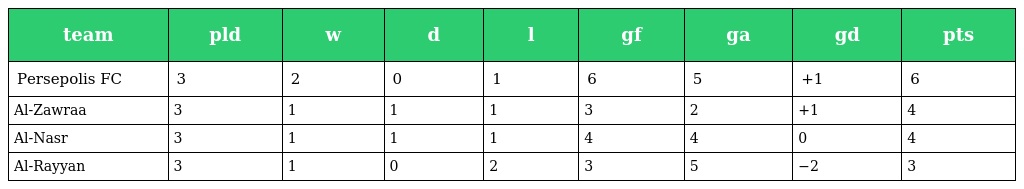
| team | pld | w | d | l | gf | ga | gd | pts |
 | --- | --- | --- | --- | --- | --- | --- | --- | --- |
 | Persepolis FC | 3 | 2 | 0 | 1 | 6 | 5 | +1 | 6 |
 | Al-Zawraa | 3 | 1 | 1 | 1 | 3 | 2 | +1 | 4 |
 | Al-Nasr | 3 | 1 | 1 | 1 | 4 | 4 | 0 | 4 |
 | Al-Rayyan | 3 | 1 | 0 | 2 | 3 | 5 | −2 | 3 |